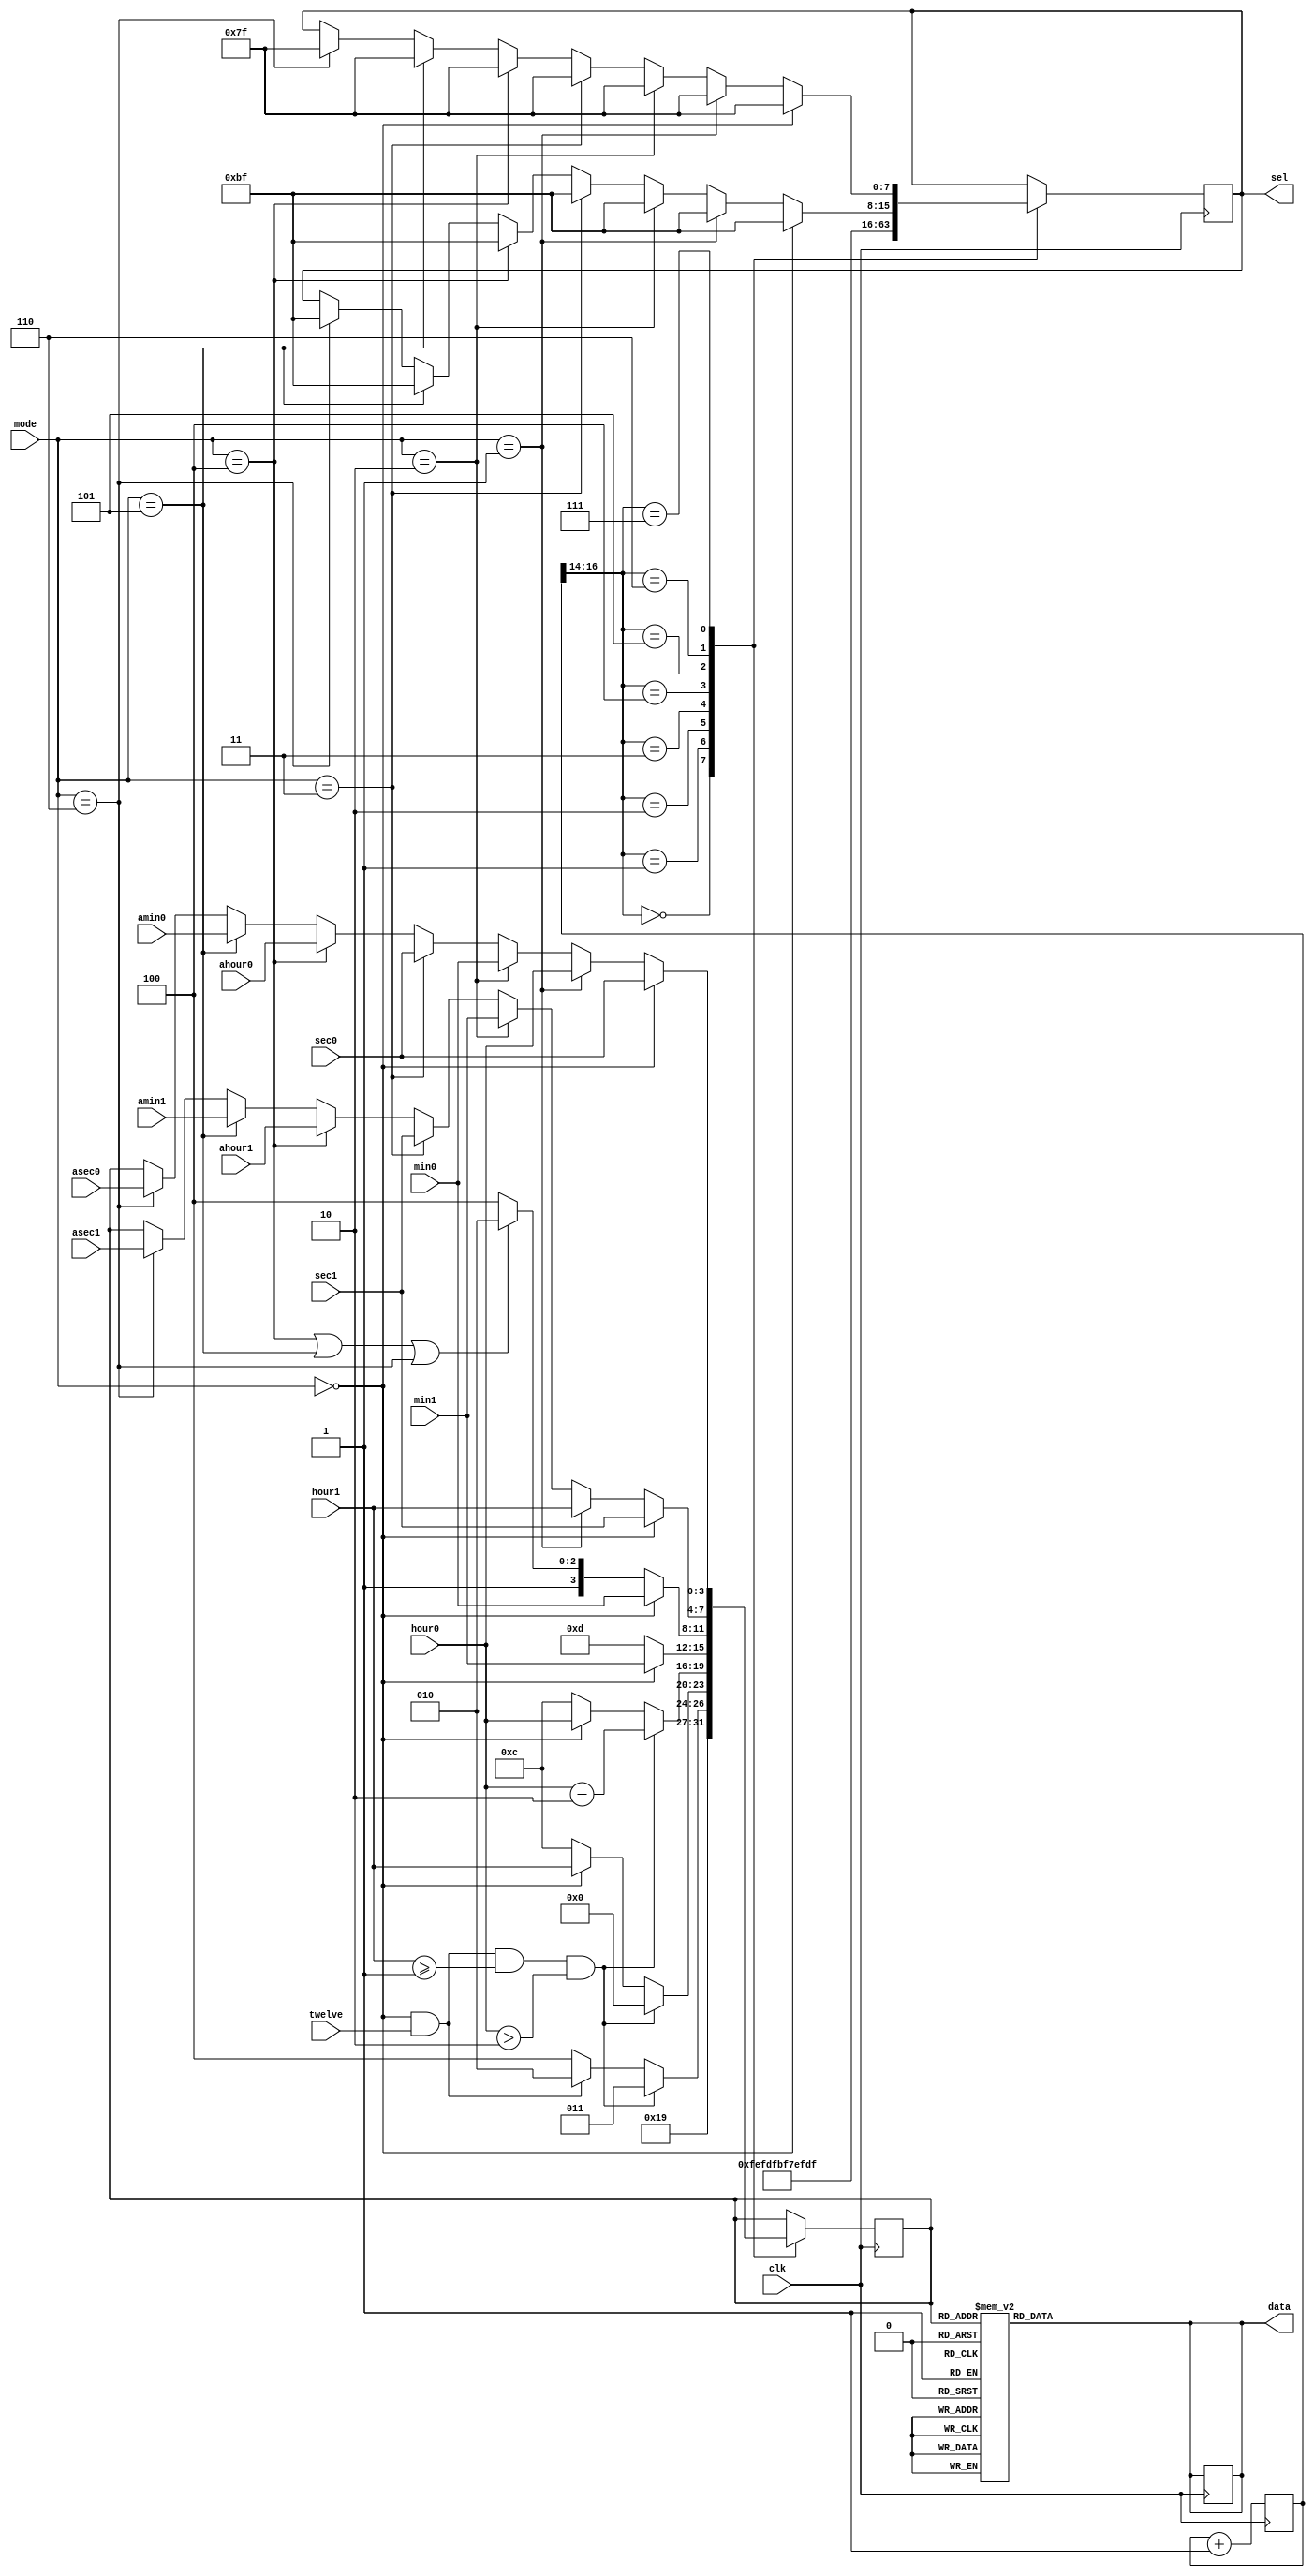
module led(mode,twelve,clk,sec0,sec1,min0,min1,hour0,hour1,asec0,asec1,amin0,amin1,ahour0,ahour1,sel,data
    );
input      [2:0]  mode;
input             twelve;
input             clk;
input      [3:0]  sec0,sec1,min0,min1,hour0,hour1,asec0,asec1,amin0,amin1,ahour0,ahour1;
output reg [6:0]  data;
output reg [7:0]  sel;
       reg [3:0]  data_dis=0;
reg [20:0] m=0;

 
always @ ( posedge clk )
begin
    m<=m+1;
end  


always@( posedge clk) 
 begin
 case(m[16:14])
   0: begin
  data_dis<=4'b1100;
sel<=8'b1111_1110;
  end
1: begin
  if(mode==0&&twelve==1&&hour1>=1&&hour0>2)begin
  data_dis<=4'b1011;
  sel<=8'b1111_1101;
  end
  else if(mode==0&&twelve==1)
  begin
  data_dis<=4'b1010;
  sel<=8'b1111_1101;
  end
  else 
  begin
  data_dis<=4'b1100;
  sel<=8'b1111_1101;
  end
end
2: begin
if(mode==0&&twelve==1&&hour1>=1&&hour0>2)
begin
  data_dis<=4'b0000;
sel<=8'b1111_1011;
 end
 else if(mode==0)
 begin
    data_dis<=hour1;
sel<=8'b1111_1011;
 end
 else
 begin
 data_dis<=4'b1100;
sel<=8'b1111_1011;
end
  end
  
3: begin
if(mode==0&&twelve==1&&hour1>=1&&hour0>2)
begin
  data_dis<=hour0-4'b0010;
sel<=8'b1111_0111;
 end
 else if (mode==0)
 begin
  data_dis<=hour0;
sel<=8'b1111_0111;
 end
 else
 begin
 data_dis<=4'b1100;
sel<=8'b1111_0111;
end
  end
4: begin
  if(mode==0)
  begin
  data_dis<=min1;
  sel<=8'b1110_1111;
  end
  else
 begin
 data_dis<=4'b1101;
sel<=8'b1110_1111;
end
    end
5: begin
  if(mode==0)
  begin
  data_dis<=min0;
sel<=8'b1101_1111;
  end
  else if(mode==4 || mode==5 || mode==6)
  begin
  data_dis<=4'b1010;
  sel<=8'b1101_1111;
  end
  else
  begin
  data_dis<=4'b1100;
  sel<=8'b1101_1111;
  end
end
6: begin
  if(mode==0)
  begin
  data_dis<=sec1;
sel<=8'b1011_1111;
  end
  else if(mode==1)
  begin
  data_dis<=hour1;
  sel<=8'b1011_1111;
  end
  else if(mode==2)
  begin
  data_dis<=min1;
  sel<=8'b1011_1111;
  end
  else if(mode==3)
  begin
  data_dis<=sec1;
  sel<=8'b1011_1111;
  end  
  else if(mode==4)
  begin
  data_dis<=ahour1;
  sel<=8'b1011_1111;
  end 
  
  else if(mode==5)
  begin
  data_dis<=amin1;
  sel<=8'b1011_1111;
  end 
  else if(mode==6)
  begin
  data_dis<=asec1;
  sel<=8'b1011_1111;
  end 
  
  
  end
7: begin
  if(mode==0)
  begin
  data_dis<=sec0;
sel<=8'b0111_1111;
  end
    else if(mode==1)
  begin
  data_dis<=hour0;
  sel<=8'b0111_1111;
  end
  else if(mode==2)
  begin
  data_dis<=min0;
  sel<=8'b0111_1111;
  end
  else if(mode==3)
  begin
  data_dis<=sec0;
  sel<=8'b0111_1111;
  end 
  
  else if(mode==4)
  begin
  data_dis<=ahour0;
  sel<=8'b0111_1111;
  end 
  
  else if(mode==5)
  begin
  data_dis<=amin0;
  sel<=8'b0111_1111;
  end 
  else if(mode==6)
  begin
  data_dis<=asec0;
  sel<=8'b0111_1111;
  end 
  
  
end
default:begin
  data<=8'bz;
sel<=8'bz;
end 
endcase 

end


always @(data_dis)
begin
case(data_dis)//????
4'b0000:data = 7'b1000000;//??0
4'b0001:data = 7'b1111001;//??1
4'b0010:data = 7'b0100100;//??2
4'b0011:data = 7'b0110000;//??3
4'b0100:data = 7'b0011001;//??4
4'b0101:data = 7'b0010010;//??5
4'b0110:data = 7'b0000010;//??6
4'b0111:data = 7'b1111000;//??7
4'b1000:data = 7'h0000000;//??8
4'b1001:data = 7'b0010000;//??9
4'b1010:data = 7'b0001000;//A
4'b1011:data = 7'b0001100;//P
4'b1100:data = 7'b1111111;
4'b1101:data = 7'b0010010;//S
default data = 8'hxx;
endcase
end

endmodule